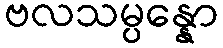
ဗလသမ္ပန္နော